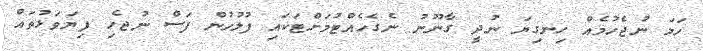
ހަމަ ނުޖެހުމެއް ހިނގިޔަ ނުދީ ގާނޫނު ނެގެހެއްޓުމަށްޓަކައި ފުލުހުން ފަސް ނުޖެހި ފިޔަވަޅުތައް